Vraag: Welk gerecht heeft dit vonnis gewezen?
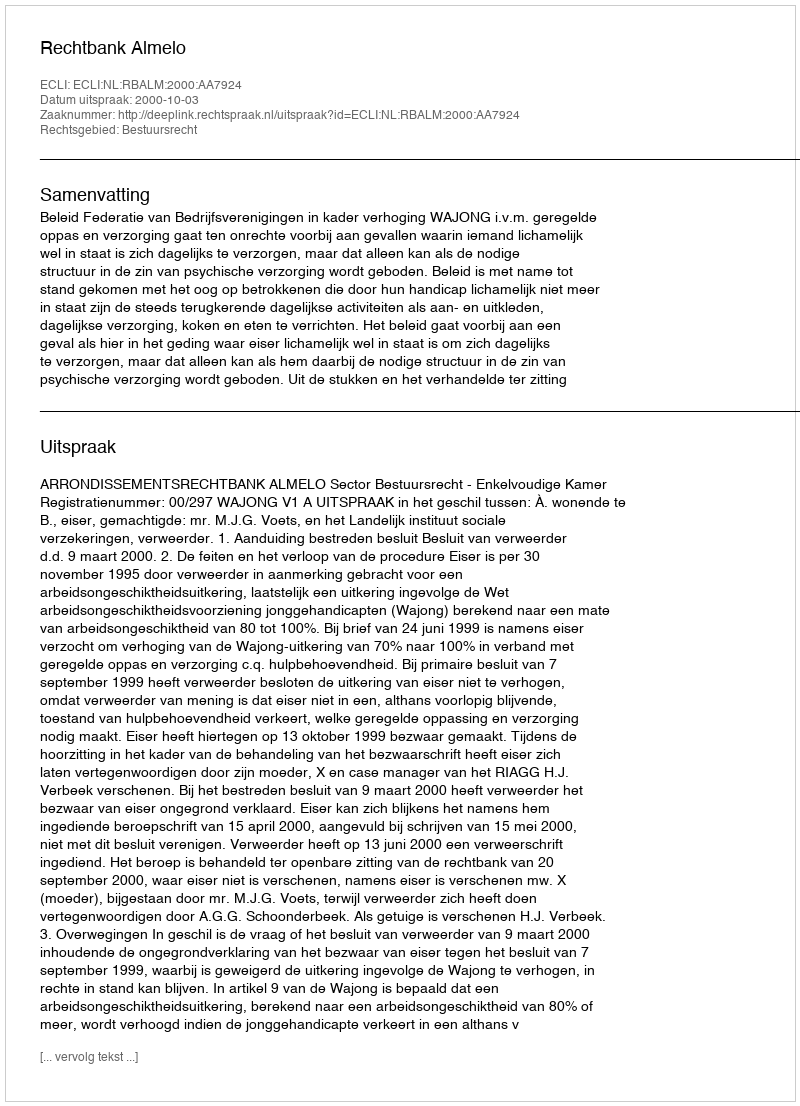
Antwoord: Rechtbank Almelo